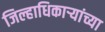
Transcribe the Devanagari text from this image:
जिल्हाधिकाऱ्यांच्या